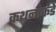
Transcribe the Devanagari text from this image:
कथनांकडे